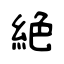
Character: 絕